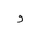
Letter: _waw